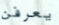
يعرفن